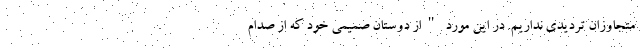
متجاوزان تردیدی نداریم. در این مورد "از دوستان صمیمی خود که از صدام